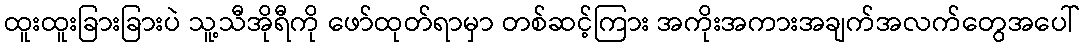
ထူးထူးခြားခြားပဲ သူ့သီအိုရီကို ဖော်ထုတ်ရာမှာ တစ်ဆင့်ကြား အကိုးအကားအချက်အလက်တွေအပေါ်